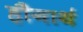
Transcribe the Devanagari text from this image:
हौगार्थ